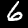
Label: 6